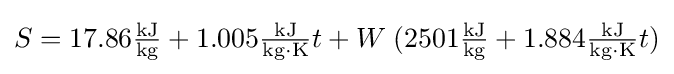
S=17.86\mathrm {\tfrac {kJ}{kg}} +1.005\mathrm {\tfrac {kJ}{kg\cdot K}} t+W\;(2501\mathrm {\tfrac {kJ}{kg}} +1.884\mathrm {\tfrac {kJ}{kg\cdot K}} t)